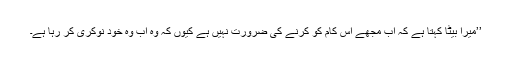
’’میرا بیٹا کہتا ہے کہ اب مجھے اس کام کو کرنے کی ضرورت نہیں ہے کیوں کہ وہ اب وہ خود نوکری کر رہا ہے۔